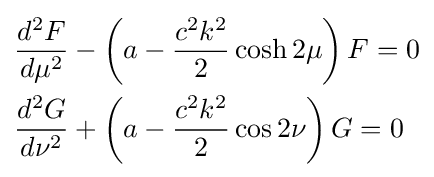
{\begin{aligned}&{\frac {d^{2}F}{d\mu ^{2}}}-\left(a-{\frac {c^{2}k^{2}}{2}}\cosh 2\mu \right)F=0\\&{\frac {d^{2}G}{d\nu ^{2}}}+\left(a-{\frac {c^{2}k^{2}}{2}}\cos 2\nu \right)G=0\\\end{aligned}}